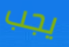
يجب